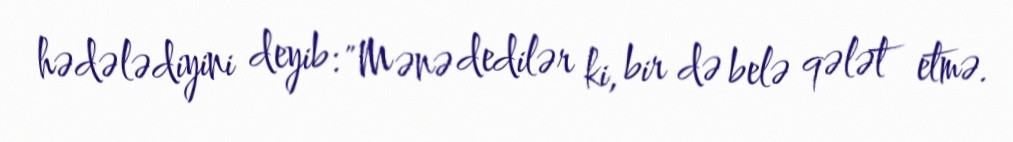
hədələdiyini deyib: "Mənə dedilər ki, bir də belə qələt etmə.